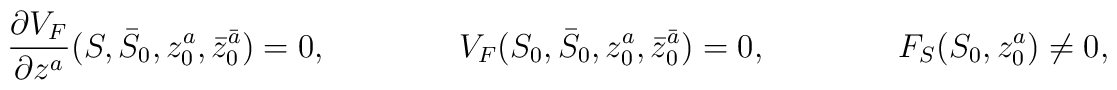
\frac{\partial V_F}{\partial z^a}(S, \bar S_0, z_0^a, \bar z_0^{\bar a}) =0, \qquad\qquad V_F(S_0, \bar S_0, z_0^a, \bar z_0^{\bar a})=0, \qquad\qquad F_S(S_0, z_0^a) \ne 0,